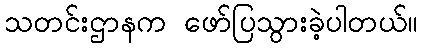
သတင်းဌာနက ဖော်ပြသွားခဲ့ပါတယ်။